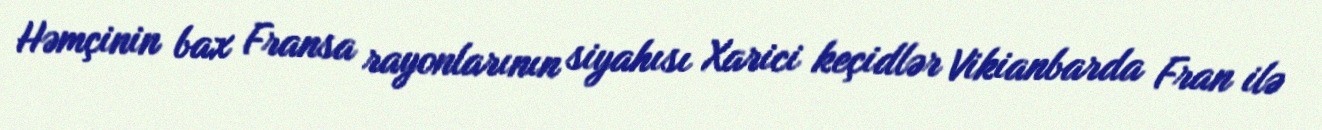
Həmçinin bax Fransa rayonlarının siyahısı Xarici keçidlər Vikianbarda Fran ilə